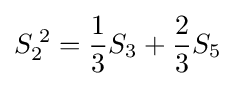
S_{2}^{\;2}={\frac {1}{3}}S_{3}+{\frac {2}{3}}S_{5}